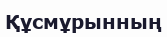
Құсмұрынның